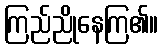
ကြည်ညိုနေကြ၏။